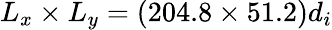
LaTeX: L_{x}\times L_{y}=(204.8\times 51.2)d_{i}